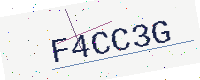
Text: F4CC3G